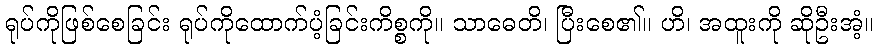
ရုပ်ကိုဖြစ်စေခြင်း ရုပ်ကိုထောက်ပံ့ခြင်းကိစ္စကို။ သာဓေတိ၊ ပြီးစေ၏။ ဟိ၊ အထူးကို ဆိုဦးအံ့။